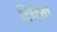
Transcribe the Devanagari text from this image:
टिटियां